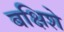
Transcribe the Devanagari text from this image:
बक्षिशे